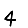
Digit: 4